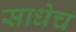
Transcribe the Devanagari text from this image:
साधेच